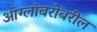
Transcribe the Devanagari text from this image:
आंग्लांबरोबरील